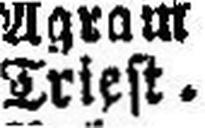
Triest